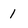
Character: 1